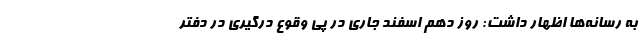
به رسانه‌ها اظهار داشت: روز دهم اسفند جاری در پی وقوع درگیری در دفتر